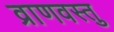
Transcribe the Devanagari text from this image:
व्राणवस्तु